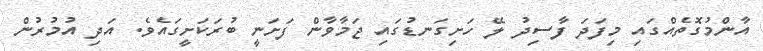
އާންމުގޮތެއްގައި މިފަދަ ފާސިދު ލޭ ހަށިގަނޑުގައި ޖަމާވާން ފަށަނީ ބުރަކަށީގައެވެ. އަދި އުމުރުން